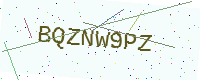
Text: BQZNW9PZ